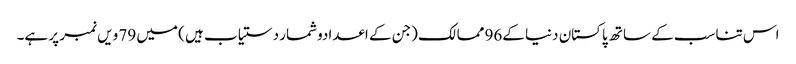
اس تناسب کے ساتھ پاکستان دنیا کے96 ممالک (جن کے اعدادوشمار دستیاب ہیں ) میں 79 ویں نمبر پر ہے۔